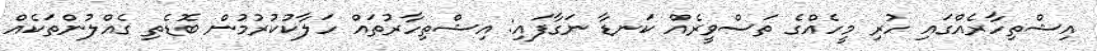
އިޝްތިހާރެއްގައި ހުރި މީހެއްގެ ތަސްވީރެއް ކަނޑާ ނަގާފައި: އިޝްތިހާރުތައް ހަލާކުކުރުމުން ބޮޑެތި ގެއްލުންތަކެއް